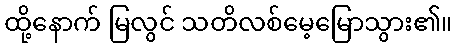
ထို့နောက် မြလွင် သတိလစ်မေ့မြောသွား၏။